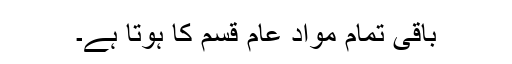
باقی تمام مواد عام قسم کا ہوتا ہے۔